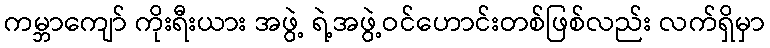
ကမ္ဘာကျော် ကိုးရီးယား အဖွဲ့ ရဲ့အဖွဲ့ဝင်ဟောင်းတစ်ဖြစ်လည်း လက်ရှိမှာ